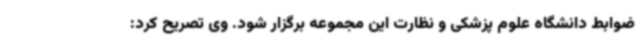
ضوابط دانشگاه علوم پزشکی و نظارت این مجموعه برگزار شود. وی تصریح کرد: